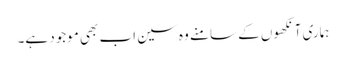
ہماری آنکھوں کے سامنے وہ سین اب بھی موجود ہے۔